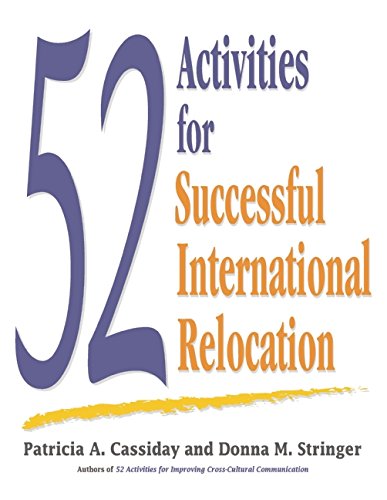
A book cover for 52 Activities for Successful International Relocation; Patricia A Cassiday; Travel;